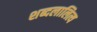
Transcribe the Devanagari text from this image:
शब्दलालित्य